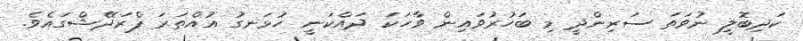
ކަދިބޮލީ ނުވަތަ ސަރިންދީ މި ބަހުރުވައިން ވާހަކަ ދައްކަނީ ހުޅަނގު އުއްތަރަ ޕްރަދޭޝްގައެވެ.